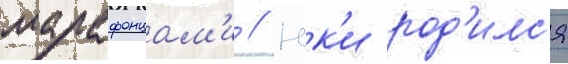
марафонцам'и // Юк'и род'илс'я